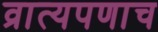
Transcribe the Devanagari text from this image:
व्रात्यपणाच